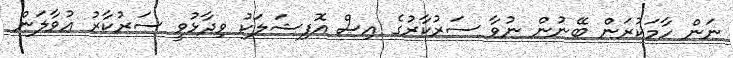
ނަން ހާމަކުރަން ބޭނުން ނުވާ ސަރުކާރުގެ އިސް އޮފިޝަލަކު ވިދާޅުވީ ސަރުކާރު އުވާލަން